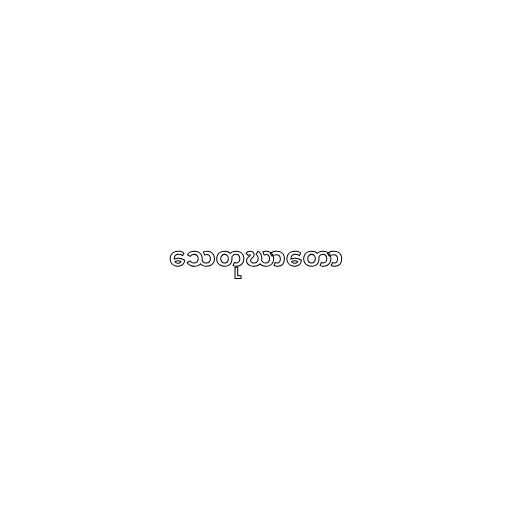
သေတုဃာတော